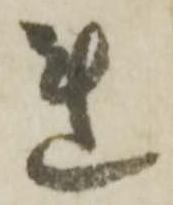
連